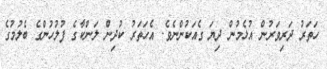
ހަތަރު ދަރިވަރުން އުޅެމުން ދިޔަ ގެއަކުންނެވެ. އެހަތަރު ކުދިން ލަންކާގެ ފުލުހުންގެ ބެލުމުގެ